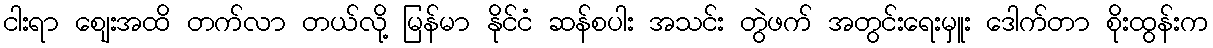
ငါးရာ စျေးအထိ တက်လာ တယ်လို့ မြန်မာ နိုင်ငံ ဆန်စပါး အသင်း တွဲဖက် အတွင်းရေးမှူး ဒေါက်တာ စိုးထွန်းက